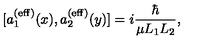
[ a _ { 1 } ^ { ( \mathrm { e f f } ) } ( x ) , a _ { 2 } ^ { ( \mathrm { e f f } ) } ( y ) ] = i { \frac { \hbar } { \mu L _ { 1 } L _ { 2 } } } ,